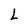
Character: L